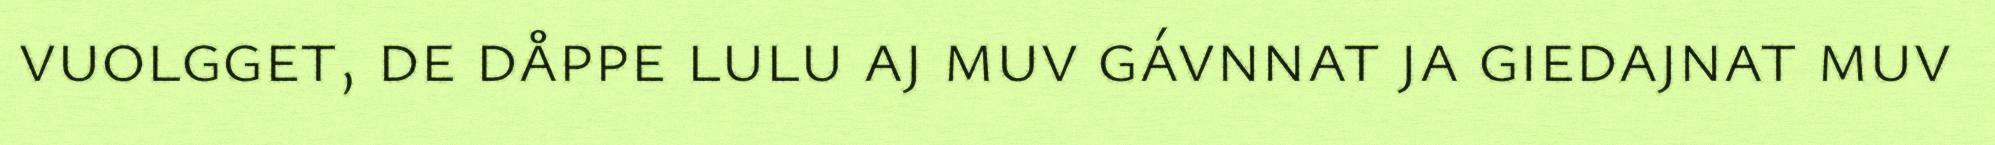
vuolgget, de dåppe lulu aj muv gávnnat ja giedajnat muv